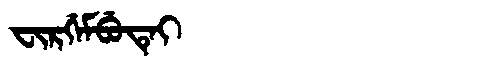
Manchu: ᠸᡳᡵᡤᡝᠮᠪᡠᡨᡝᡳ
Romanization: FIRGEMBUTEI